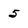
Character: 5